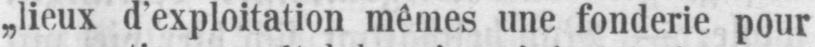
„lieux d’exploitation mêmes une fonderie pour